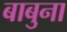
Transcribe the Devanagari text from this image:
बाबुना